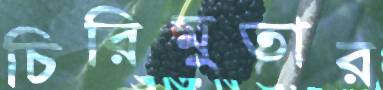
চিরিমুতার